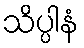
သိပ္ပါနံ